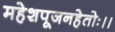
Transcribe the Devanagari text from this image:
महेशपूजनहेतोः।।